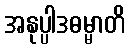
အနုပ္ပါဒဓမ္မာတိ